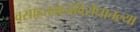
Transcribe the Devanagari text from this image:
वसाहतवादाविरोधातल्या